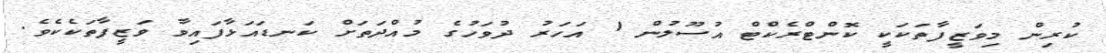
ކުރިން މިވަޒީފާތަކަކީ ކޮންޓްރެކްޓް އުސޫލުން 1 އަހަރު ދުވަހުގެ މުއްދަތަށް ކަނޑައަޅާފައިވާ ވަޒީފާތަކެކެވެ.